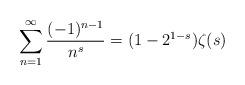
LaTeX: \begin{align*}\sum_{n=1}^\infty\frac{(-1)^{n-1}}{n^s}=(1-2^{1-s})\zeta(s)\end{align*}